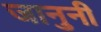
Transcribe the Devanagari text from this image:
जानुनी